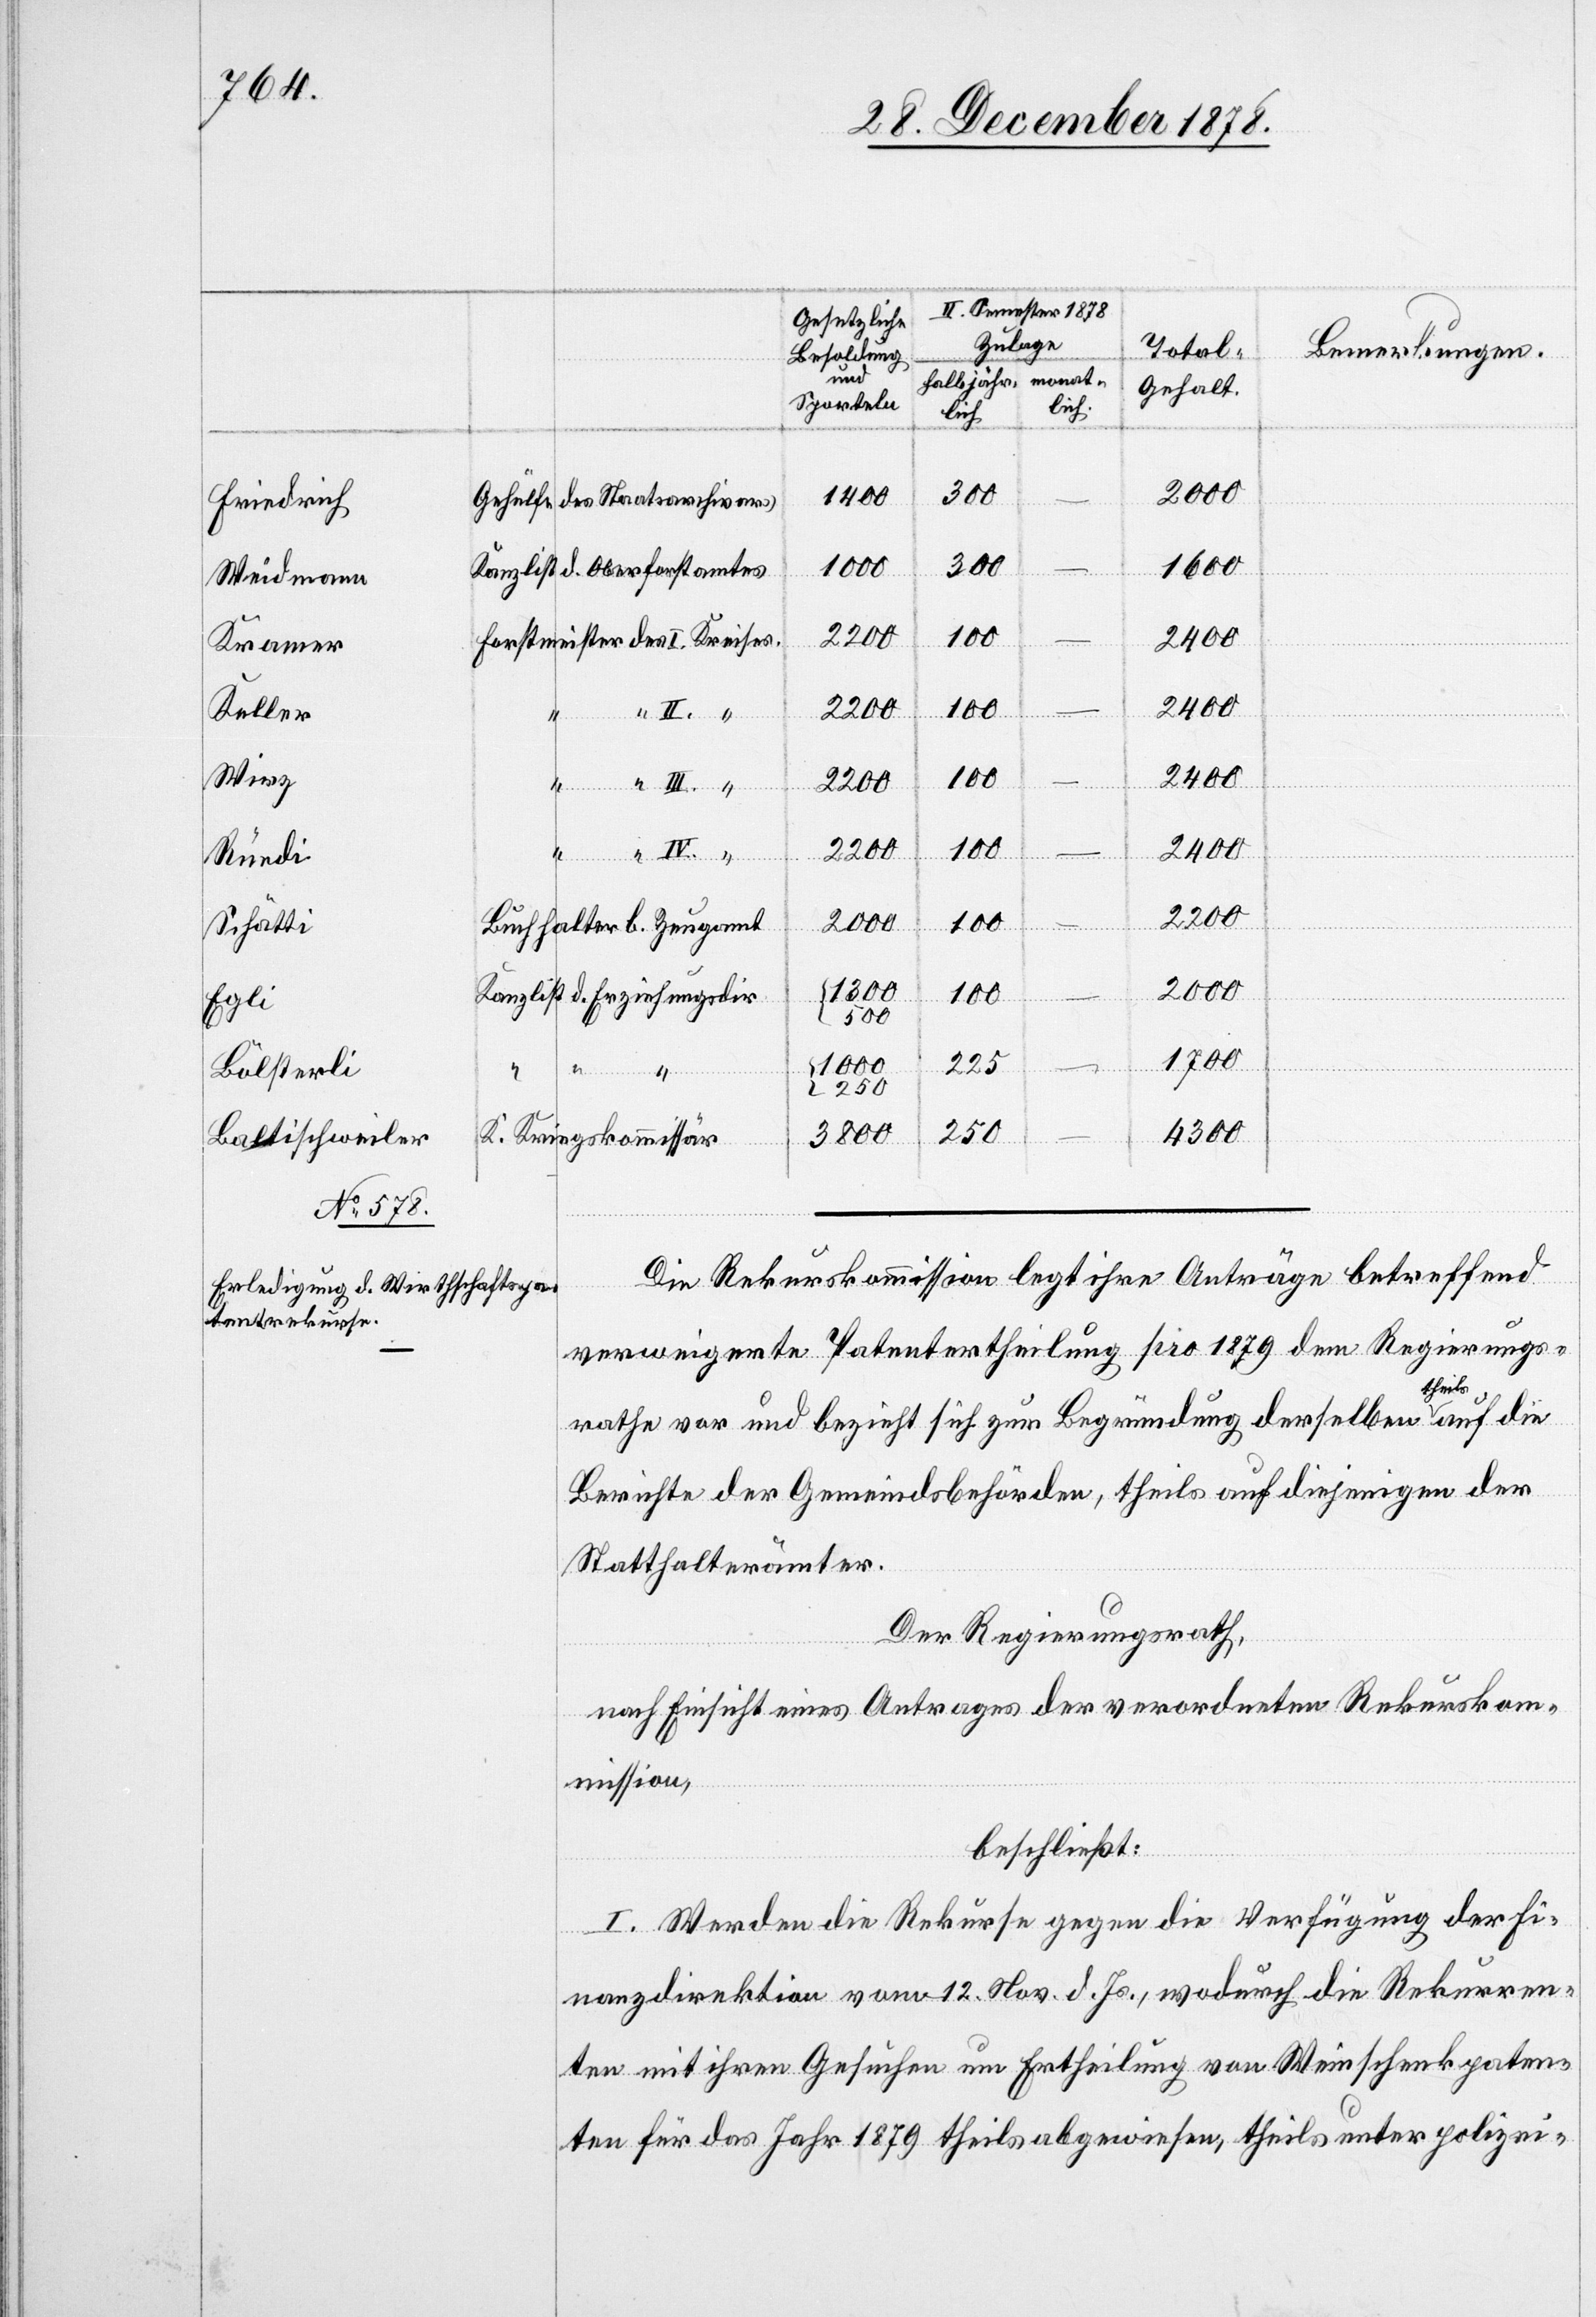
2000
300
1400
Gehülfe d. Staatsarchivars
Friedrich
1600
Kanzlist d. Oberforstamtes
Weidmann
Forstmeister des I. Kreises
Kramer
2400
Keller
“ IV. “
Wirz
III. “
2200
Rüedi
Buchhalter b. Zeugamt
Schätti
1000
Kanzlist d. Erziehungsdir.
100
–
Egli
500
1700
225
Bölsterli
250
4300
3800
Baltischweiler
K. Kriegskommissär
Die Rekurskommission legt ihre Anträge betreffend
verweigerte Patentertheilung pro 1879 dem Regierungs¬
rathe vor und bezieht sich zur Begründung derselben theils auf die
Berichte der Gemeindsbehörden, theils auf diejenigen der
Statthalterämter.
Der Regierungsrath,
nach Einsicht eines Antrages der verordneten Rekurskom¬
mission,
beschließt:
I. Werden die Rekurse gegen die Verfügung der Fi¬
nanzdirektion vom 12. Nov. d. Js., wodurch die Rekurren¬
ten mit ihren Gesuchen um Ertheilung von Weinschenkpaten¬
ten für das Jahr 1879 theils abgewiesen, theils unter polizei-